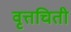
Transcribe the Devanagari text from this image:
वृत्तचिती